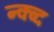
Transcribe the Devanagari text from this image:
न्क्व्द